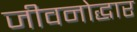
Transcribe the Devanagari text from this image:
जीवनोद्धार